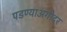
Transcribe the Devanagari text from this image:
पडण्याअगोदर